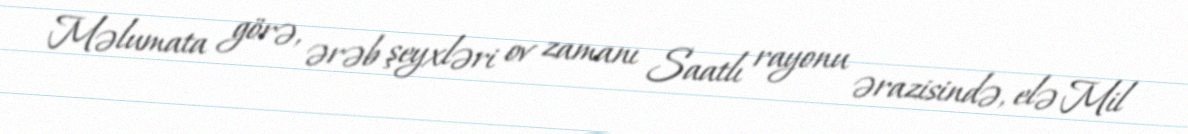
Məlumata görə, ərəb şeyxləri ov zamanı Saatlı rayonu ərazisində, elə Mil